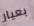
بعيار